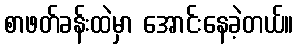
စာဖတ်ခန်းထဲမှာ အောင်းနေခဲ့တယ်။